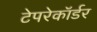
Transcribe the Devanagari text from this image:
टेपरेकॉर्डर